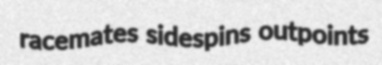
racemates sidespins outpoints